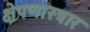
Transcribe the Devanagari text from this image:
क्षेपणास्त्रार